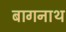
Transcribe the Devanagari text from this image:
बागनाथ